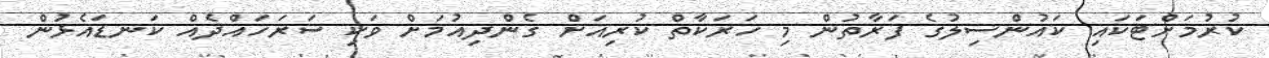
ކުރުމަށްޓަކައި ކައުންސިލުގެ ފަރާތުން މި ހަރަކާތް ކުރިއަށް ގެންދިއުމަށް ވަކި ސަރަހައްދެއް ކަނޑައެޅުން